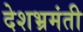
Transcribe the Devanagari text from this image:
देशभ्रमंती